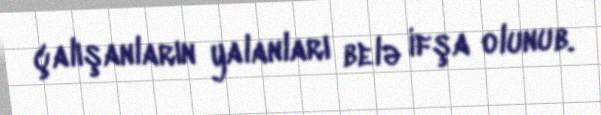
çalışanların yalanları belə ifşa olunub.